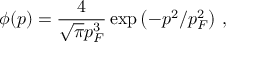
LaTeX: \phi ( p ) = \frac { 4 } { \sqrt { \pi } p _ { \SS F } ^ { 3 } } \exp \left( - p ^ { 2 } / p _ { \SS F } ^ { 2 } \right) \, ,